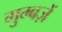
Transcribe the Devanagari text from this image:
गुम्बज़ें